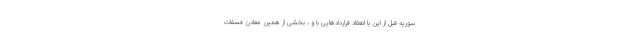
سوریه قبل از این با انعقاد قراردادهایی با و ، بخشی از همین معادن فسفات